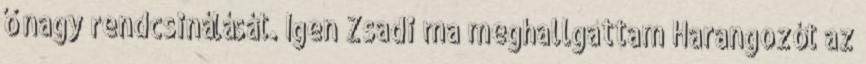
ő nagy rendcsinálását. Igen Zsadi ma meghallgattam Harangozót az